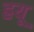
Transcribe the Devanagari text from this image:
ह्रयू